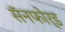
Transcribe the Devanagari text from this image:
सॅनफोर्ड